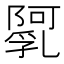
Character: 𨼼